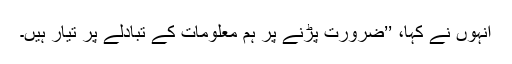
انہوں نے کہا، ’’ضرورت پڑنے پر ہم معلومات کے تبادلے پر تیار ہیں۔